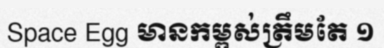
Space Egg មានកម្ពស់ត្រឹមតែ ១